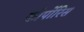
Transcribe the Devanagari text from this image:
कोर्पोरिस